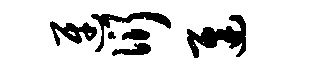
迓衍迟